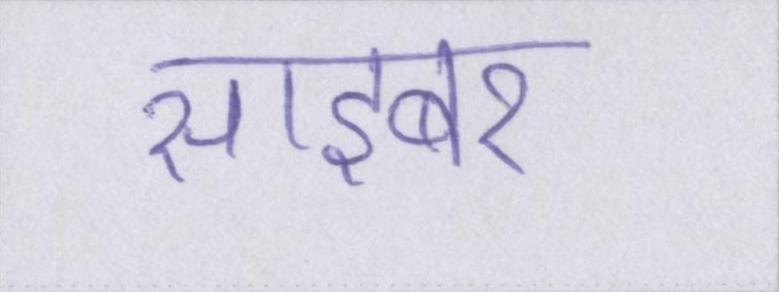
साइबर